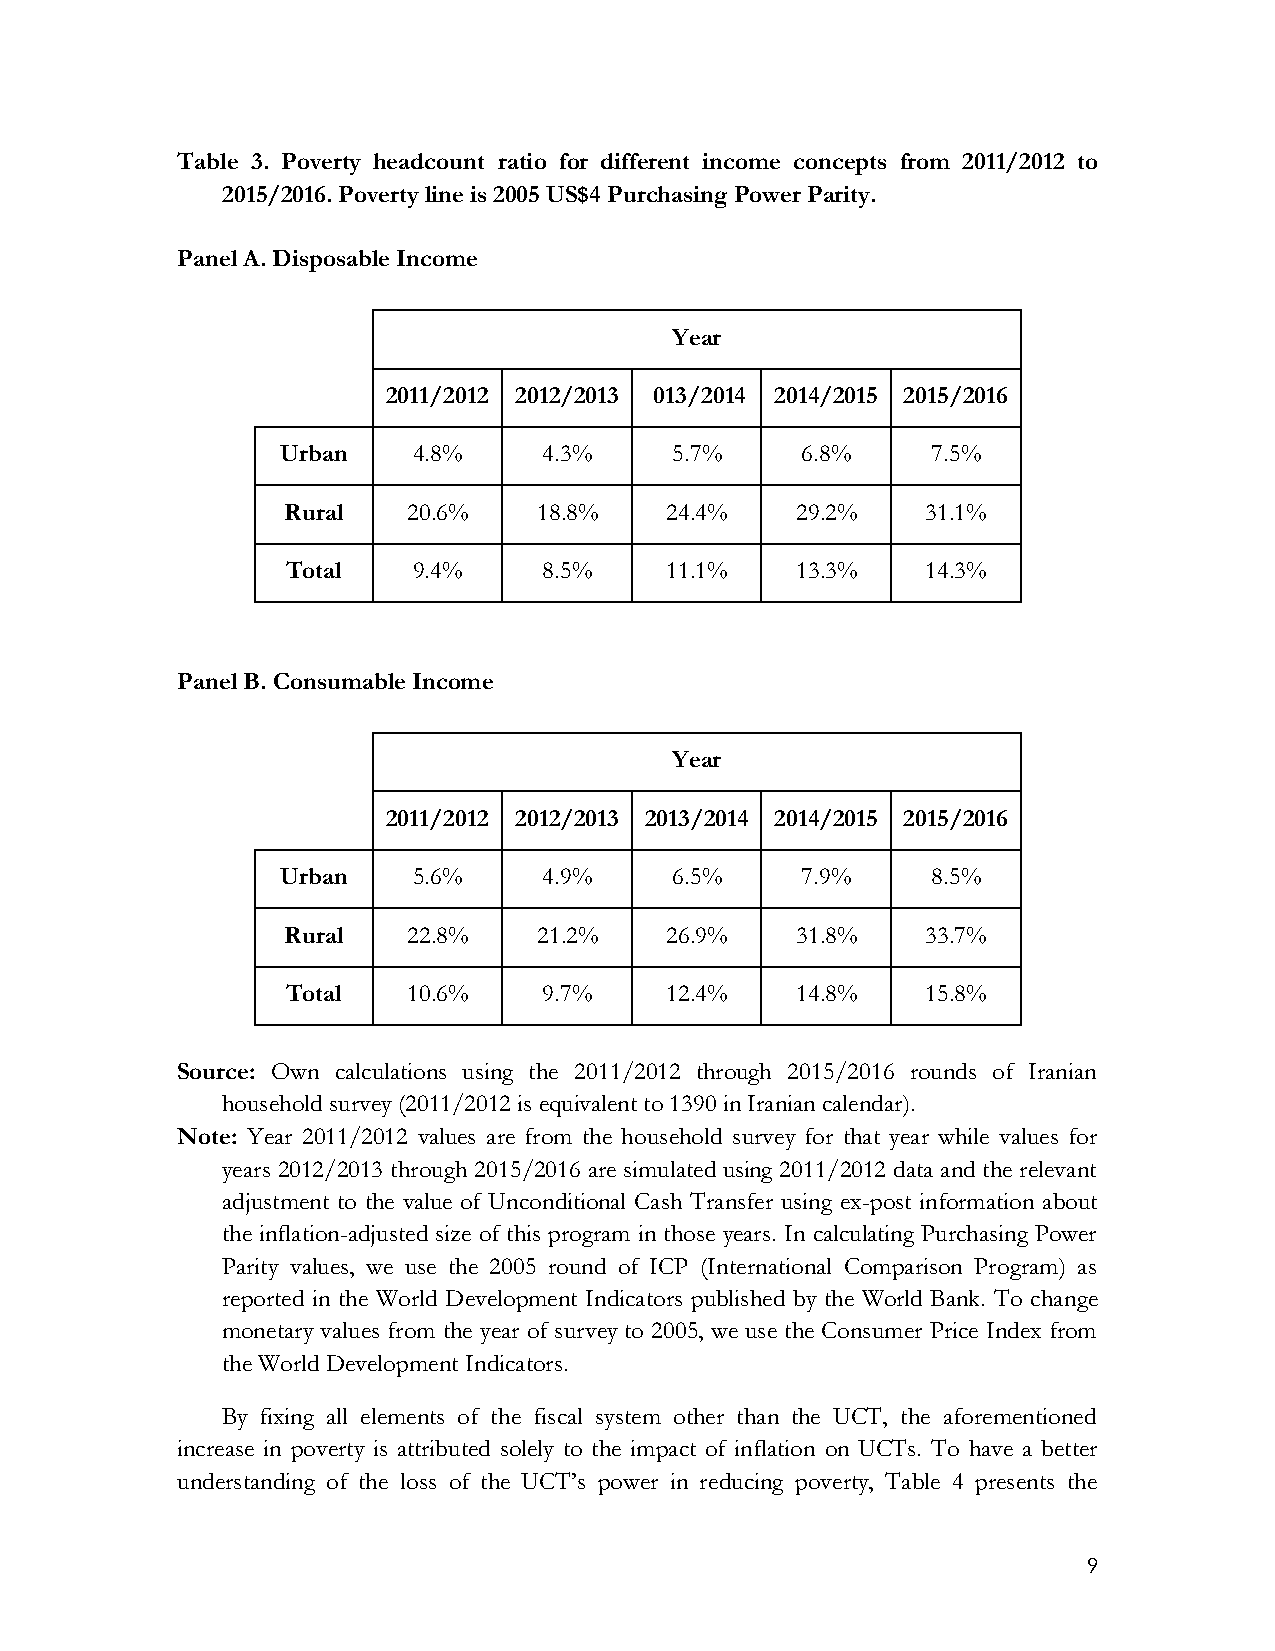
Table 3. Poverty headcount ratio for different income concepts from 2011/2012 to
 2015/2016. Poverty line is 2005 US$4 Purchasing Power Parity.
 Panel A. Disposable Income
 Year
 2011/2012 2012/2013 013/2014 2014/2015 2015/2016
 Urban   4.8%     4.3%     5.7%    6.8%     7.5%
 Rural   20.6%    18.8%   24.4%    29.2%   31.1%
 Total   9.4%     8.5%    11.1%    13.3%   14.3%
 Panel B. Consumable Income
 Year
 2011/2012 2012/2013 2013/2014 2014/2015 2015/2016
 Urban   5.6%     4.9%     6.5%    7.9%     8.5%
 Rural   22.8%    21.2%   26.9%    31.8%   33.7%
 Total   10.6%    9.7%    12.4%    14.8%   15.8%
 Source: Own calculations using the 2011/2012 through 2015/2016 rounds of Iranian
 household survey (2011/2012 is equivalent to 1390 in Iranian calendar).
 Note: Year 2011/2012 values are from the household survey for that year while values for
 years 2012/2013 through 2015/2016 are simulated using 2011/2012 data and the relevant
 adjustment to the value of Unconditional Cash Transfer using ex-post information about
 the inflation-adjusted size of this program in those years. In calculating Purchasing Power
 Parity values, we use the 2005 round of ICP (International Comparison Program) as
 reported in the World Development Indicators published by the World Bank. To change
 monetary values from the year of survey to 2005, we use the Consumer Price Index from
 the World Development Indicators.
 By fixing all elements of the fiscal system other than the UCT, the aforementioned
 increase in poverty is attributed solely to the impact of inflation on UCTs. To have a better
 understanding of the loss of the UCT’s power in reducing poverty, Table 4 presents the
 9